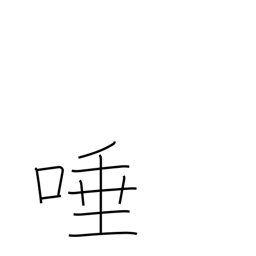
Meaning: saliva